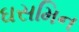
ઘસમિન